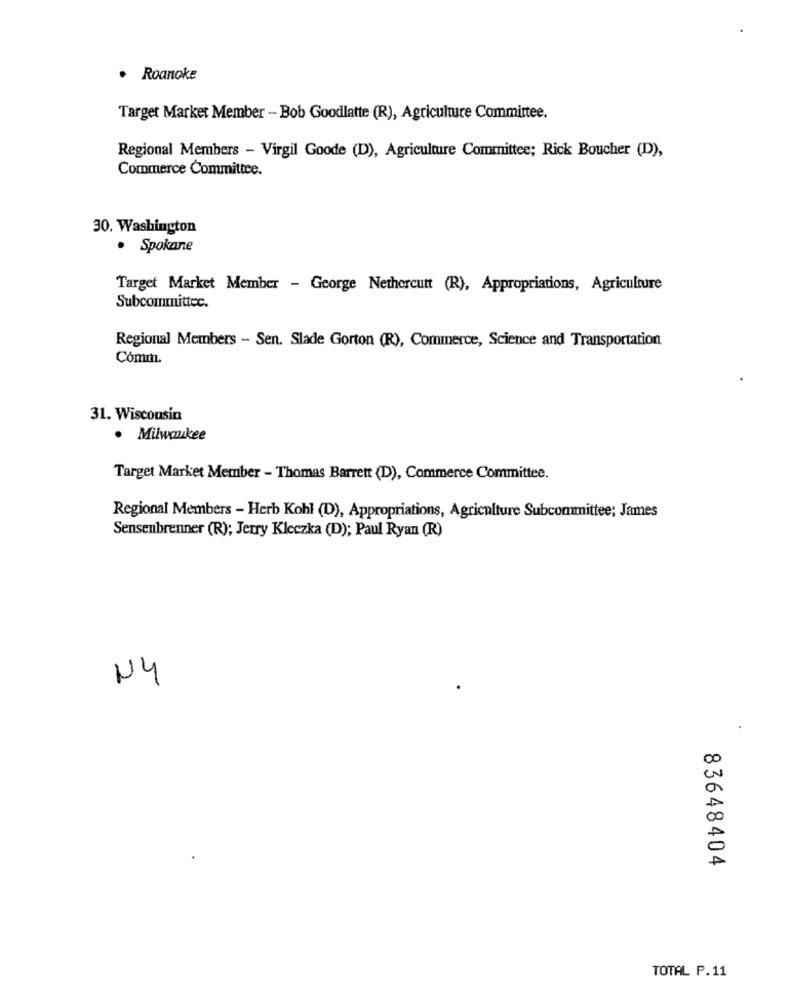
· Roanoke
Target Market Member - Bob Goodlatte (R), Agriculture Committee.
Regional Members - Virgil Goode (D), Agriculture Committee; Rick Boucher (D),
Commerce Committee.
30. Washington
· Spokane
Target Market Member - George Nethercutt (R), Appropriations, Agriculture
Subcommittee.
Regional Members - Sen. Slade Gorton (R), Commerce, Science and Transportation
Cómm.
31. Wisconsin
. Milwaukee
Target Market Member - Thomas Barrett (D), Commerce Committee.
Regional Members - Herb Kohl (D), Appropriations, Agriculture Subcommittee; James
Sensenbrenner (R); Jerry Kleczka (D); Paul Ryan (R)
N4
83648404
TOTAL P.11